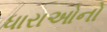
ધારાઓનો